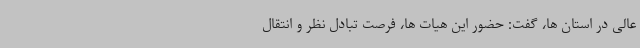
عالی در استان ها، گفت: حضور این هیات ها، فرصت تبادل نظر و انتقال